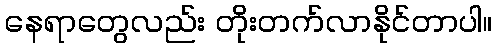
နေရာတွေလည်း တိုးတက်လာနိုင်တာပါ။